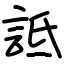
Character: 詆